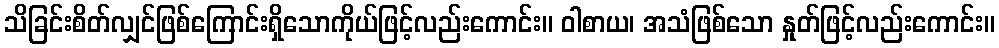
သိခြင်းစိတ်လျှင်ဖြစ်ကြောင်းရှိသောကိုယ်ဖြင့်လည်းကောင်း။ ဝါစာယ၊ အသံဖြစ်သော နှုတ်ဖြင့်လည်းကောင်း။